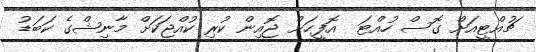
ޗުއްޓީއަށް ގޮސް ހުއްޓަ  އޮފީހަށް ޖޮއިން ކުރި ކުއްޖަކަށް މާނިޝްގެ ކަބަޑު